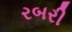
રબરી